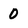
Character: 0